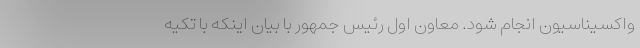
واکسیناسیون انجام شود. معاون اول رئیس جمهور با بیان اینکه با تکیه